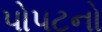
પોપટનો